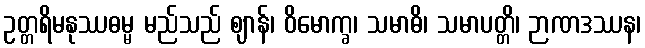
ဥတ္တရိမနုဿဓမ္မ မည်သည် ဈာန်၊ ဝိမောက္ခ၊ သမာဓိ၊ သမာပတ္တိ၊ ဉာဏဒဿန၊